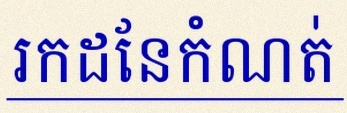
រកដែនកំណត់